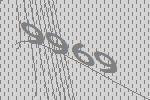
9969